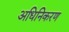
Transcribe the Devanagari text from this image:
अधिनिकरण